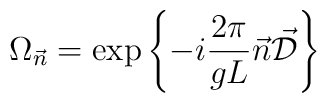
\Omega_{\vec{n}} = \exp \left\{-i \frac{2\pi}{gL} \vec{n} \vec{\cal D}\right\}